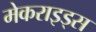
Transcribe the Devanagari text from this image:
मेकराइड्स